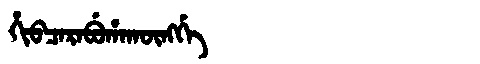
Manchu: ᡥᡳᠪᠴᠠᡵᠠᠪᡠᡥᠠᡴᡡᠩᡤᡝ
Romanization: HIBCARABUHAKŪNGGE